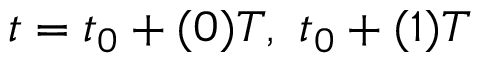
t = t _ { 0 } + ( 0 ) T , \ t _ { 0 } + ( 1 ) T